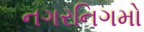
નગરનિગમો